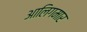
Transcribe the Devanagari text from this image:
आलिगमार